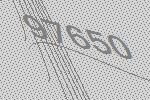
97650